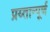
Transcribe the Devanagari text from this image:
प्रय्तान्पूर्ण